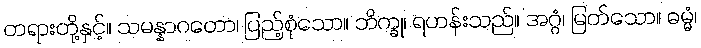
တရားတို့နှင့်။ သမန္နာဂတော၊ ပြည့်စုံသော။ ဘိက္ခု၊ ရဟန်းသည်။ အဂ္ဂံ၊ မြတ်သော။ ဓမ္မံ၊